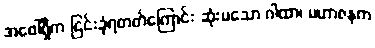
အဖေါ်ရှိက ငြင်းခုံရတတ်ကြောင်း ဆုံးမသော ဂါထာ၊ မဟာဇနက